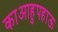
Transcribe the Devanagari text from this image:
काआहुपहाऊ